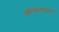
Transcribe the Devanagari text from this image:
फोफवण्यास